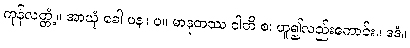
ကုန်လတ္တံ့။ အာယုံ ခေါ ပန။ ပ။ မာနုတဿ ဝါတိ စ၊ ဟူ၍လည်းကောင်း။ ဒဒံ။